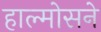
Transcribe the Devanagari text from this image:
हाल्मोसने